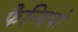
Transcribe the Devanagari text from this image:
फैन्जियो